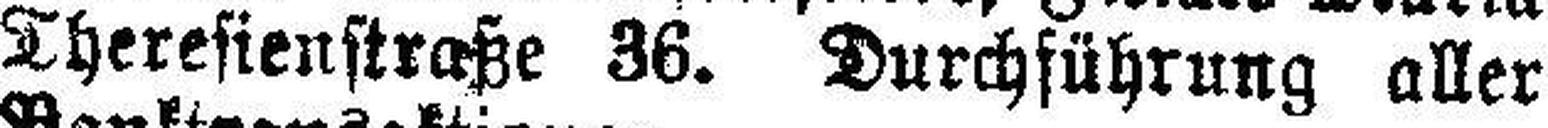
Theresienstraße 36. Durchführung aller